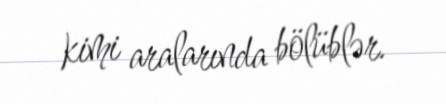
kimi aralarında bölüblər.